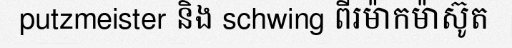
putzmeister និង schwing ពីរម៉ាកម៉ាស៊ូត